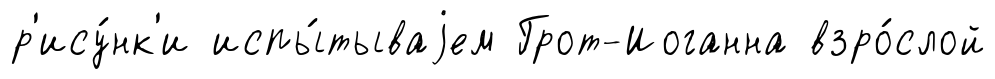
р'ису́нк'и испы́тываjем Грот-Иоганна взро́слой